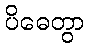
ပိဓေတွာ